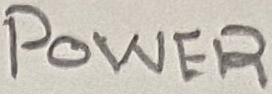
Text: POWER